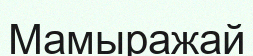
Мамыражай